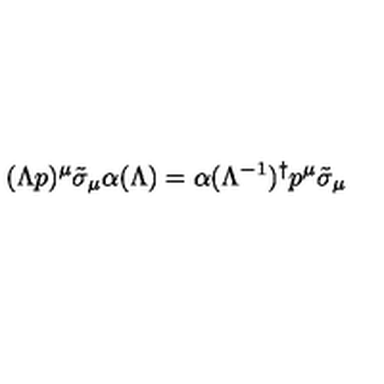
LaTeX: ( \Lambda p ) ^ { \mu } \tilde { \sigma } _ { \mu } \alpha ( \Lambda ) = \alpha ( \Lambda ^ { - 1 } ) ^ { \dagger } p ^ { \mu } \tilde { \sigma } _ { \mu }